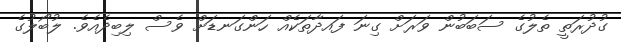
ގުދުރަތީ ތެލުގެ ސަބަބުން ވަރަށް ގިނަ ފައދާތަކެއް ހަންގަނޑަށް ވެސް ލިބިދެއެވެ. ލުބޯލުގެ